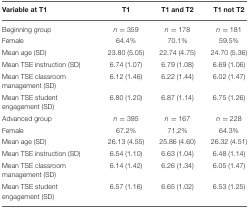
<table><thead><tr><td><b>Variable at T1</b></td><td><b>T1</b></td><td><b>T1 and T2</b></td><td><b>T1 not T2</b></td></tr></thead><tbody><tr><td>Beginning group</td><td><i>n</i> = 359</td><td><i>n</i> = 178</td><td><i>n</i> = 181</td></tr><tr><td>Female</td><td>64.4%</td><td>70.1%</td><td>59.5%</td></tr><tr><td>Mean age (SD)</td><td>23.80 (5.05)</td><td>22.74 (4.75)</td><td>24.70 (5.36)</td></tr><tr><td>Mean TSE instruction (SD)</td><td>6.74 (1.07)</td><td>6.79 (1.08)</td><td>6.69 (1.06)</td></tr><tr><td>Mean TSE classroom management (SD)</td><td>6.12 (1.46)</td><td>6.22 (1.44)</td><td>6.02 (1.47)</td></tr><tr><td>Mean TSE student engagement (SD)</td><td>6.80 (1.20)</td><td>6.87 (1.14)</td><td>6.75 (1.26)</td></tr><tr><td>Advanced group</td><td><i>n</i> = 395</td><td><i>n</i> = 167</td><td><i>n</i> = 228</td></tr><tr><td>Female</td><td>67.2%</td><td>71.2%</td><td>64.3%</td></tr><tr><td>Mean age (SD)</td><td>26.13 (4.55)</td><td>25.86 (4.60)</td><td>26.32 (4.51)</td></tr><tr><td>Mean TSE instruction (SD)</td><td>6.54 (1.10)</td><td>6.63 (1.04)</td><td>6.48 (1.14)</td></tr><tr><td>Mean TSE classroom management (SD)</td><td>6.14 (1.42)</td><td>6.26 (1.34)</td><td>6.05 (1.47)</td></tr><tr><td>Mean TSE student engagement (SD)</td><td>6.57 (1.16)</td><td>6.65 (1.02)</td><td>6.53 (1.25)</td></tr></tbody></table>